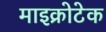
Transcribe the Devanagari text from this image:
माइक्रोटेक